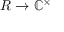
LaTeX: R \to \mathbb { C } ^ { \times }